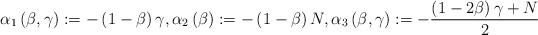
LaTeX: \begin{align*}\alpha _{1}\left( \beta ,\gamma \right) :=-\left( 1-\beta \right) \gamma,\alpha _{2}\left( \beta \right) :=-\left( 1-\beta \right) N,\alpha _{3}\left( \beta ,\gamma \right) :=-\frac{\left( 1-2\beta \right)\gamma +N}{2} \end{align*}